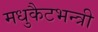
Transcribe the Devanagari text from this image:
मधुकैटभन्त्री